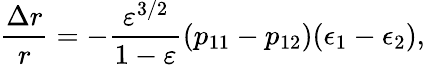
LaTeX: \frac{\Delta r}{r}=-\frac{\varepsilon^{3/2}}{1-\varepsilon}\left(p_{11}-p_{12}\right)(\epsilon_{1}-\epsilon_{2}),